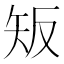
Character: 𥎮